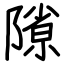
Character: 𨻶